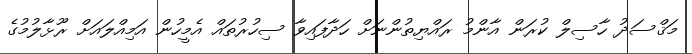
މަޤްސަދު ހާސިލް ކުރަން އާންމު ރައްޔިތުުންނަށް ހަދާފައިވާ ސިހުރުތައް އެމީހުން އަމިއްލައަށް ރޫޅާލުމުގެ